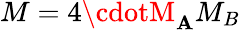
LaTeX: M=4\cdotM_{\mathbf{A}}M_{B}